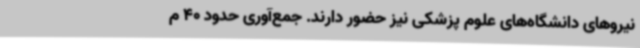
نیروهای دانشگاه‌های علوم پزشکی نیز حضور دارند. جمع‌آوری حدود 40 م